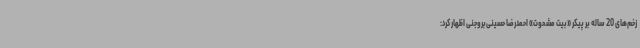
زخم‌های 20 ساله بر پیکر «بیت مشحوت» احمدرضا حسینی‌بروجنی اظهار کرد: